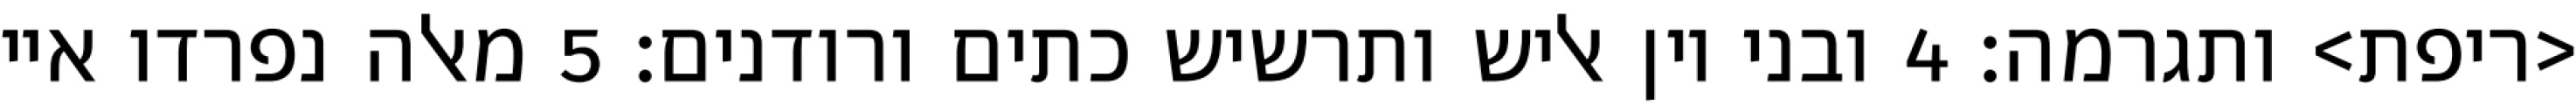
<ריפת> ותגרמה׃ ‎4‏ ובני יון אליש ותרשיש כתים ורודנים׃ ‎5‏ מאלה נפרדו איי